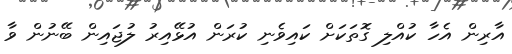
އާރިން އެހާ ކުއްލި ގޮތަކަށް ކައިވެނި ކުރަން އުޅޭއިރު ލުޖައިން ބޭނުން ވާ